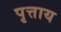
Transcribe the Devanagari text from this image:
पृत्ताय